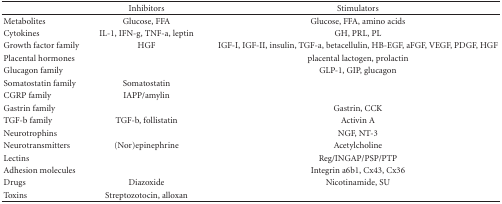
|  | Inhibitors | Stimulators |
 | --- | --- | --- |
 | Metabolites | Glucose, FFA | Glucose, FFA, amino acids |
 | Cytokines | IL-1, IFN-g, TNF-a, leptin | GH, PRL, PL |
 | Growth factor family | HGF | IGF-I, IGF-II, insulin, TGF-a, betacellulin, HB-EGF, aFGF, VEGF, PDGF, HGF |
 | Placental hormones |  | placental lactogen, prolactin |
 | Glucagon family |  | GLP-1, GIP, glucagon |
 | Somatostatin family | Somatostatin |  |
 | CGRP family | IAPP/amylin |  |
 | Gastrin family |  | Gastrin, CCK |
 | TGF-b family | TGF-b, follistatin | Activin A |
 | Neurotrophins |  | NGF, NT-3 |
 | Neurotransmitters | (Nor)epinephrine | Acetylcholine |
 | Lectins |  | Reg/INGAP/PSP/PTP |
 | Adhesion molecules |  | Integrin a6b1, Cx43, Cx36 |
 | Drugs | Diazoxide | Nicotinamide, SU |
 | Toxins | Streptozotocin, alloxan |  |